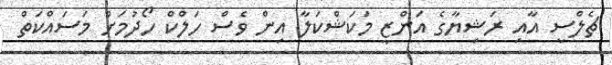
ޗެލްސީ އާއި ރަޝިޔާގެ އަންޒީ މަކަޝްކަލާ އިން ވެސް ހަލްކް ހޯދުމަށް މަސައްކަތް